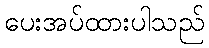
ပေးအပ်ထားပါသည်